65_HS1-834228961_62-HQ-83894_Serial_449
Agency: FBI
Page 12
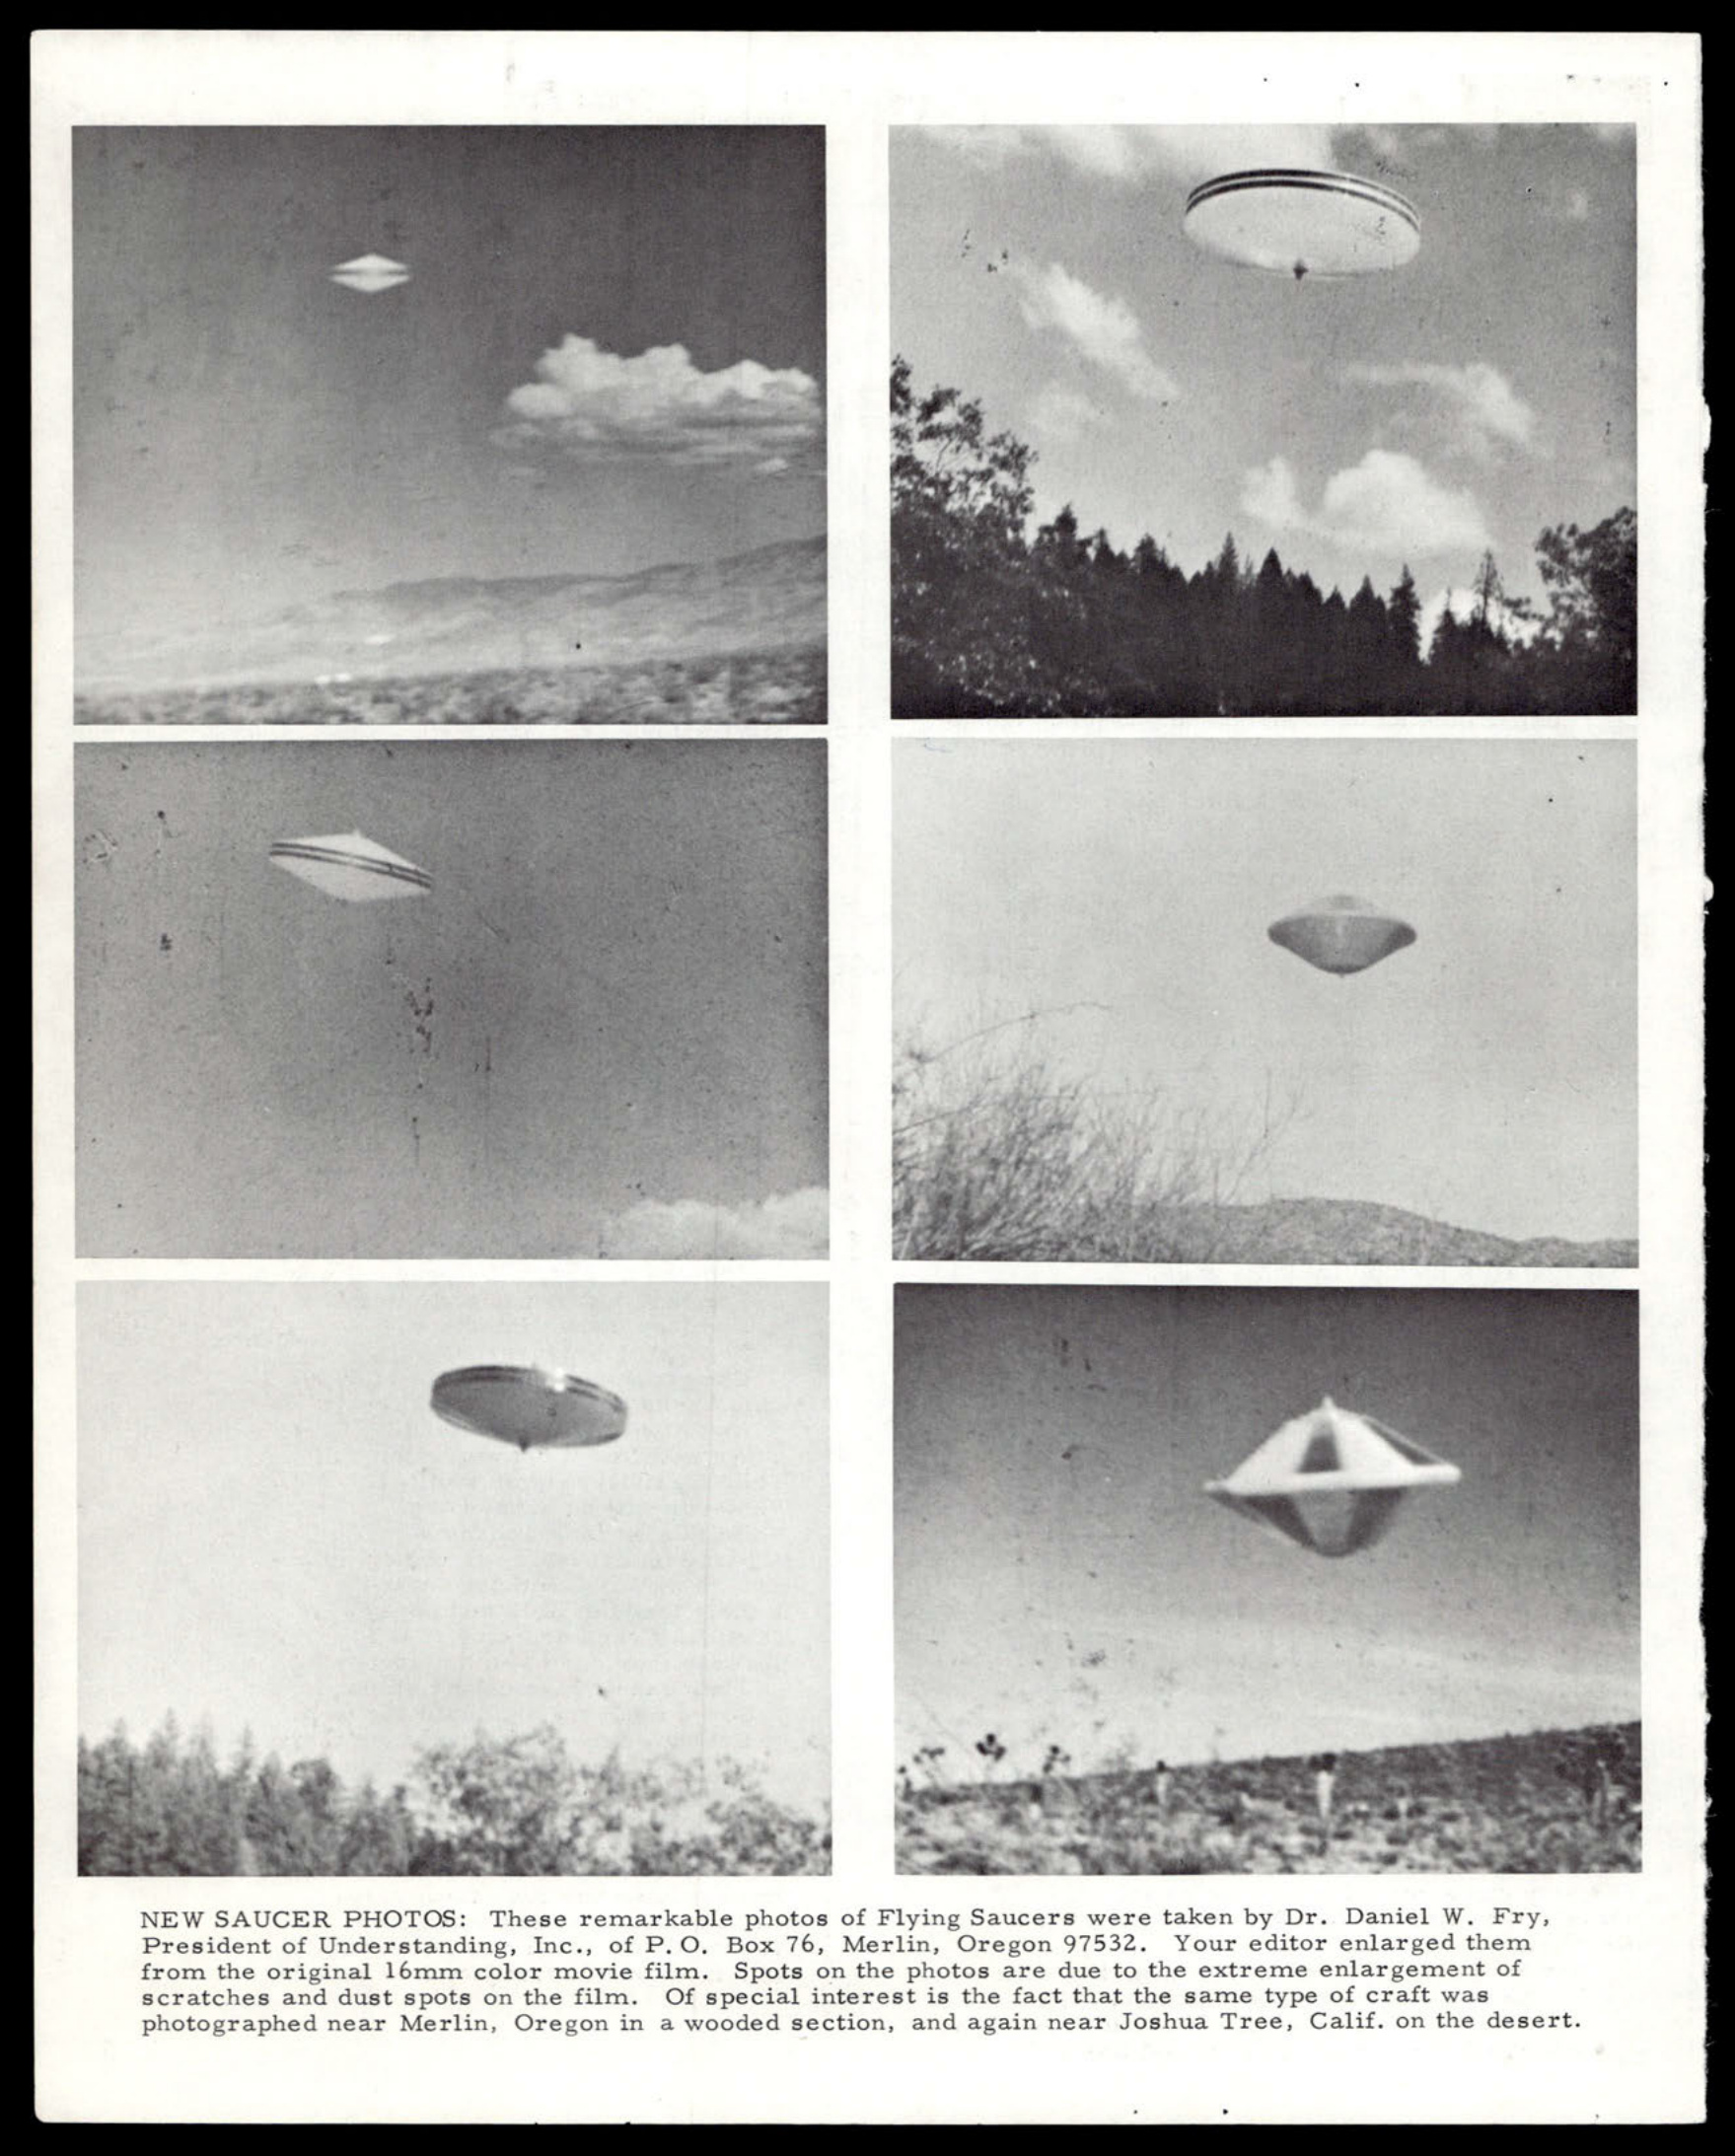